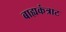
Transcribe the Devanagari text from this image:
बाह्यकंत्राट